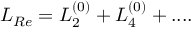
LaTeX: { \cal L } _ { R e } = { \cal L } _ { 2 } ^ { ( 0 ) } + { \cal L } _ { 4 } ^ { ( 0 ) } + . . . .